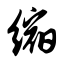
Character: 缩